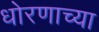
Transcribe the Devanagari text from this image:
धोरणाच्‍या